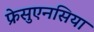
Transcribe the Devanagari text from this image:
फ्रेसुएनसिया